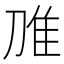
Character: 𲉧